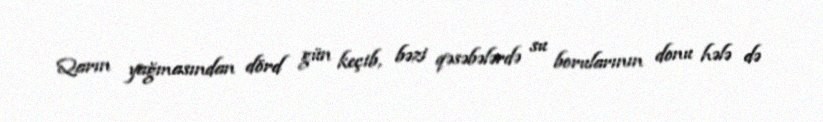
Qarın yağmasından dörd gün keçib, bəzi qəsəbələrdə su borularının donu hələ də